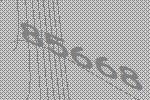
85668